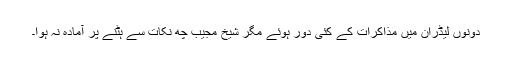
دونوں لیڈران میں مذاکرات کے کئی دور ہوئے مگر شیخ مجیب چھ نکات سے ہٹنے پر آمادہ نہ ہوا۔